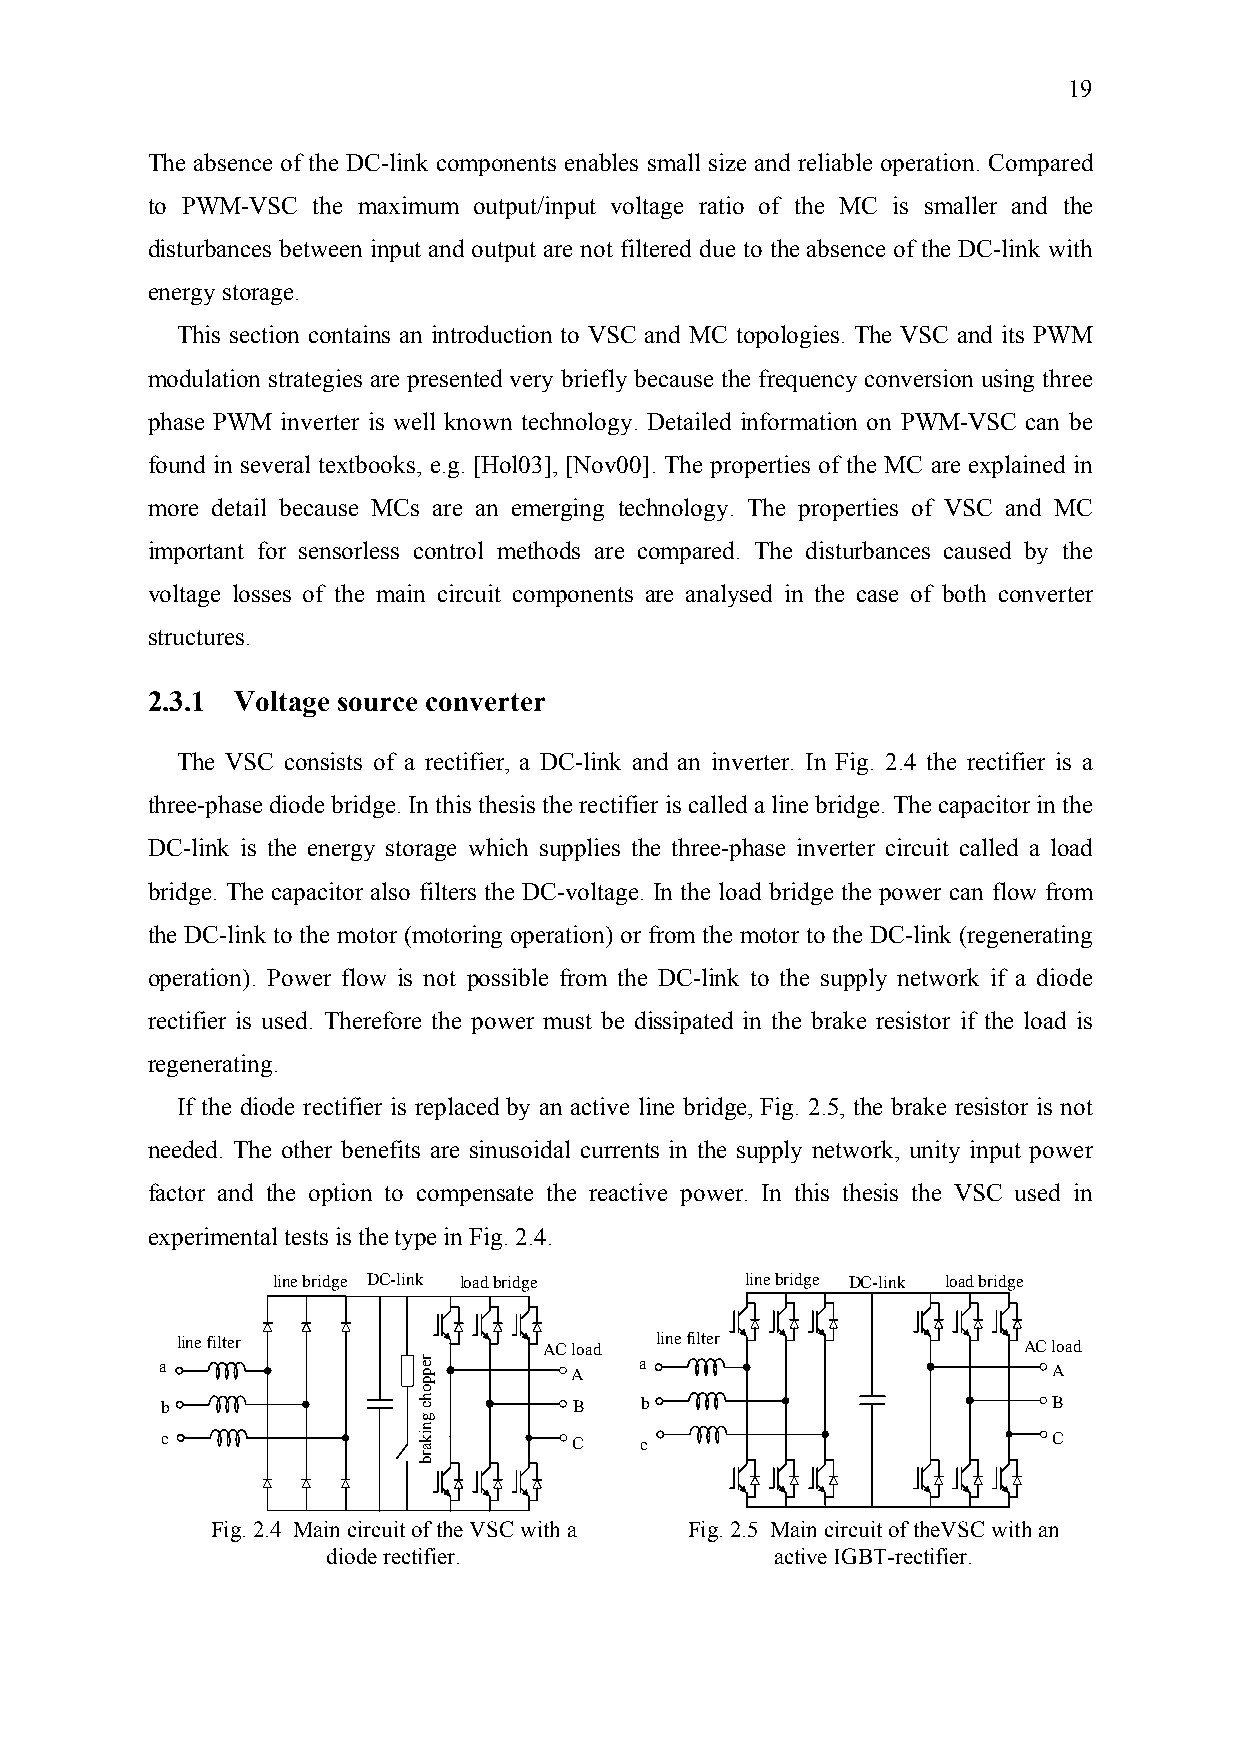
19
 The absence of the DC-link components enables small size and reliable operation. Compared
 to PWM-VSC the maximum output/input voltage ratio of the MC is smaller and the
 disturbances between input and output are not filtered due to the absence of the DC-link with
 energy storage.
 This section contains an introduction to VSC and MC topologies. The VSC and its PWM
 modulation strategies are presented very briefly because the frequency conversion using three
 phase PWM inverter is well known technology. Detailed information on PWM-VSC can be
 found in several textbooks, e.g. [Hol03], [Nov00]. The properties of the MC are explained in
 more detail because MCs are an emerging technology. The properties of VSC and MC
 important for sensorless control methods are compared. The disturbances caused by the
 voltage losses of the main circuit components are analysed in the case of both converter
 structures.
 2.3.1 Voltage source converter
 The VSC consists of a rectifier, a DC-link and an inverter. In Fig. 2.4 the rectifier is a
 three-phase diode bridge. In this thesis the rectifier is called a line bridge. The capacitor in the
 DC-link is the energy storage which supplies the three-phase inverter circuit called a load
 bridge. The capacitor also filters the DC-voltage. In the load bridge the power can flow from
 the DC-link to the motor (motoring operation) or from the motor to the DC-link (regenerating
 operation). Power flow is not possible from the DC-link to the supply network if a diode
 rectifier is used. Therefore the power must be dissipated in the brake resistor if the load is
 regenerating.
 If the diode rectifier is replaced by an active line bridge, Fig. 2.5, the brake resistor is not
 needed. The other benefits are sinusoidal currents in the supply network, unity input power
 factor and the option to compensate the reactive power. In this thesis the VSC used in
 experimental tests is the type in Fig. 2.4.
 line bridge DC-link load bridge line bridge DC-link load bridge
 line filter             AC load line filter             AC load
 a                per       A   a                           A
 p
 o
 b                h c       B   b                           B
 g
 n
 c                ki        C   c                           C
 a
 rb
 Fig. 2.4 Main circuit of the VSC with a Fig. 2.5 Main circuit of theVSC with an
 diode rectifier.             active IGBT-rectifier.